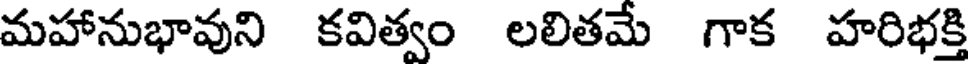
మహానుభావుని కవిత్వం లలితమే గాక హరిభక్తి